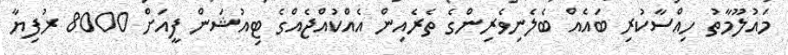
މައުލޫމާތު ހިއްސާކުރި ބައެއް ބެލެނިވެރިންގެ ތެރެއިން އެއްކުއްޖެއްގެ ޓިއުޝަން ފީއަށް 8000 ރުފިޔާ